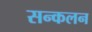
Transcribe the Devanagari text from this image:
सन्कलन